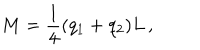
M = { \frac { 1 } { 4 } } ( q _ { 1 } + q _ { 2 } ) L \, ,